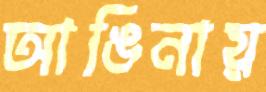
আঙিনায়